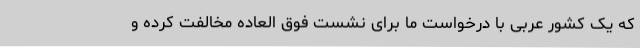
که یک کشور عربی با درخواست ما برای نشست فوق العاده مخالفت کرده و